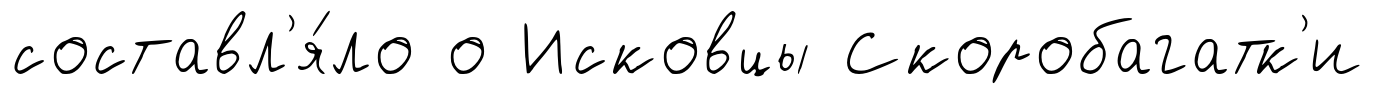
составл'я́ло о Исковцы Скоробагатк'и